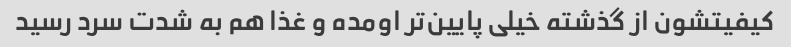
کیفیتشون از گذشته خیلی پایین‌تر اومده و غذا هم به شدت سرد رسید